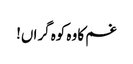
غم کا وہ کوہ گراں!